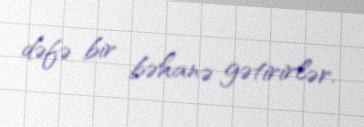
dəfə bir bəhanə gətirirlər.